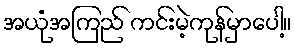
အယုံအကြည် ကင်းမဲ့ကုန်မှာပေါ့။